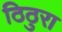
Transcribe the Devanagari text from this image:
ठिठुरा